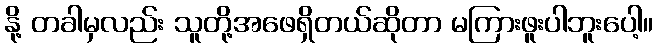
နို့ တခါမှလည်း သူတို့အဖေရှိတယ်ဆိုတာ မကြားဖူးပါဘူးပေါ့။